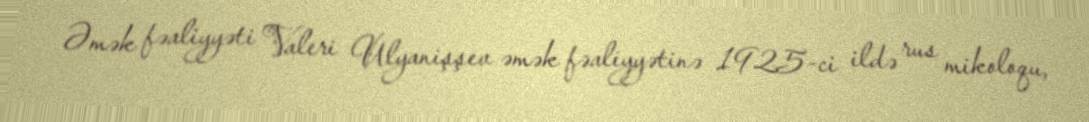
Əmək fəaliyyəti Valeri Ulyanişşev əmək fəaliyyətinə 1925-ci ildə rus mikoloqu,